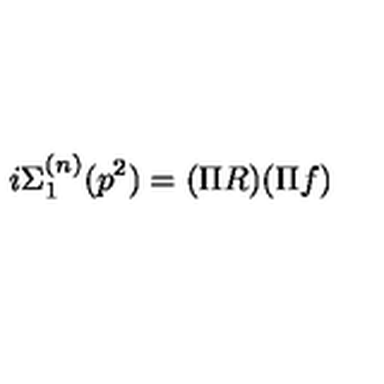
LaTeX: i \Sigma _ { 1 } ^ { ( n ) } ( p ^ { 2 } ) = ( \Pi R ) ( \Pi f )